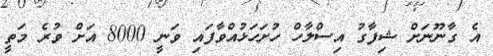
އެ ގާނޫނަށް ޝިފާގު އިސްލާހް ހުށަހަޅުއްވާފައި ވަނީ 8000 އަށް ވުރެ މަތީ